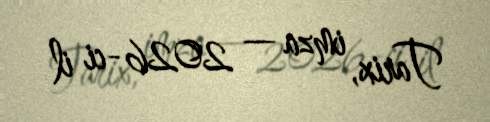
Tarix, imza — 2026-ci il